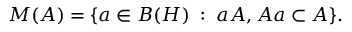
M ( A ) = \{ a \in B ( H ) \; : \; a A , A a \subset A \} .